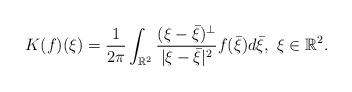
LaTeX: \begin{align*}K(f)(\xi)=\frac{1}{2\pi}\int_{\mathbb{R}^2}\frac{(\xi-\bar{\xi})^\perp}{|\xi-\bar{\xi}|^2}f(\bar{\xi})d\bar{\xi},\ \xi\in\mathbb{R}^2.\end{align*}